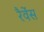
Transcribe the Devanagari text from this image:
रैवेंस